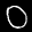
Label: 0